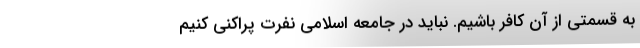
به قسمتی از آن کافر باشیم. نباید در جامعه اسلامی نفرت پراکنی کنیم